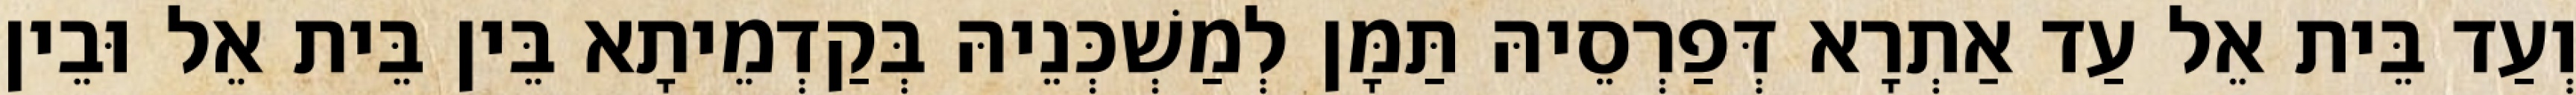
וְעַד בֵּית אֵל עַד אַתְרָא דְּפַרְסֵיהּ תַּמָּן לְמַשְׁכְּנֵיהּ בְּקַדְמֵיתָא בֵּין בֵּית אֵל וּבֵין